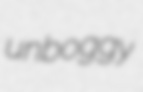
unboggy